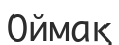
Оймақ